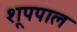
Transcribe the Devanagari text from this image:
शूपपाल